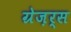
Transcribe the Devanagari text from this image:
ग्रेज़र्स